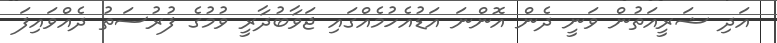
އަދި ޝަރީއަތުން ވަނީ ދެން އޮންނަ އަޑުއެހުމެއްގައި ޖަވާބުދާރީ ވުމުގެ ފުރުސަތު ދެއްވައިފަ